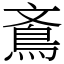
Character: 鴍